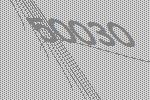
50030